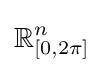
\mathbb {R} _{[0,2\pi ]}^{n}